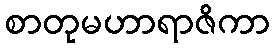
စာတုမဟာရာဇိကာ